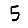
Digit: 5